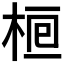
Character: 𣒯